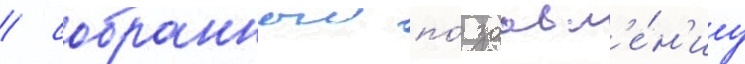
/ собранныи по́ заавл'е́н'иу